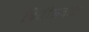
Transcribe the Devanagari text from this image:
त्रिचीजवळ